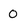
Character: 0